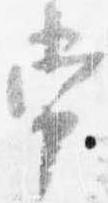
常